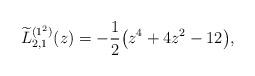
LaTeX: \begin{gather*} \widetilde{L}_{2,1}^{( 1^{2}) }(z) =-\frac{1}{2} \big( z^{4}+4z^{2}-12\big) ,\end{gather*}